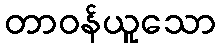
တာဝန်ယူသော